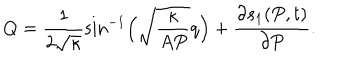
LaTeX: Q = \frac { 1 } { 2 \sqrt { \kappa } } \sin ^ { - 1 } \Bigl ( \sqrt { \frac { \kappa } { A P } } q \Bigr ) + \frac { \partial s _ { 1 } ( P , t ) } { \partial P } .